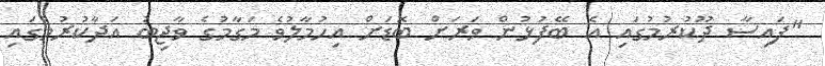
"ފައިސާ ދޫކުރުމުގައި އެ ބޭފުޅުން ވަރަށް ބޮޑަށް އިހުމާލުވެ މަގާމުގެ ވާޖިބު އަދާކުރުމުގައި